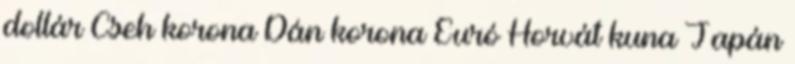
dollár Cseh korona Dán korona Euró Horvát kuna Japán